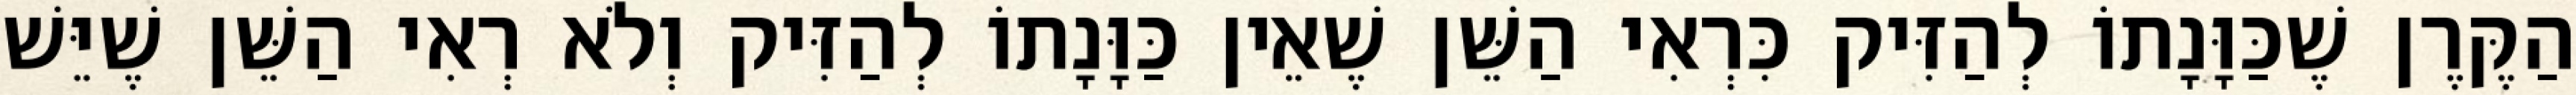
הַקֶּרֶן שֶׁכַּוָּנָתוֹ לְהַזִּיק כִּרְאִי הַשֵּׁן שֶׁאֵין כַּוָּנָתוֹ לְהַזִּיק וְלֹא רְאִי הַשֵּׁן שֶׁיֵּשׁ